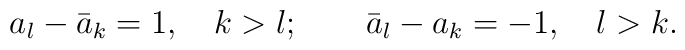
a_{l}-\bar{a}_{k}=1,\quad k>l;\quad \quad \bar{a}_{l}-a_{k}=-1,\quad l>k.